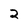
Character: 2